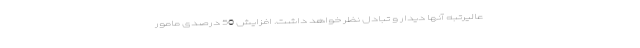
عالیرتبه آنها دیدار و تبادل نظر خواهد داشت. افزایش 50 درصدی مامور